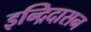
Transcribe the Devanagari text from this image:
इन्द्रिदासन